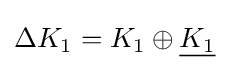
\Delta K_{1}=K_{1}\oplus {\underline {K_{1}}}